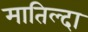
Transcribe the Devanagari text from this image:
मातिल्दा